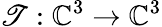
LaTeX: \mathscr{T}:\mathbb{{C}}^{3}\to\mathbb{{C}}^{3}